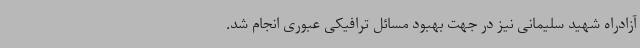
آزادراه شهید سلیمانی نیز در جهت بهبود مسائل ترافیکی عبوری انجام شد.